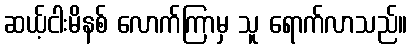
ဆယ့်ငါးမိနစ် လောက်ကြာမှ သူ ရောက်လာသည်။